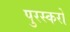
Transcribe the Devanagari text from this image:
पुरस्करो